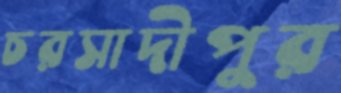
চরসাদীপুর